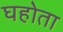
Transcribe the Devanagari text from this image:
घहोता